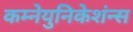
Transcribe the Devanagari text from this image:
कम्नेयुनिकेशंन्स